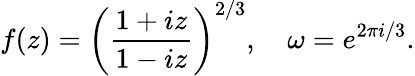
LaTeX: f(z)=\left(\frac{1+iz}{1-iz}\right)^{2/3},\quad\omega=e^{2\pi i/3}.